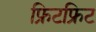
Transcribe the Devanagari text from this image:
फ्रिटफ्रिट